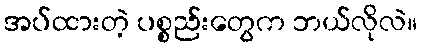
အပ်ထားတဲ့ ပစ္စည်းတွေက ဘယ်လိုလဲ။